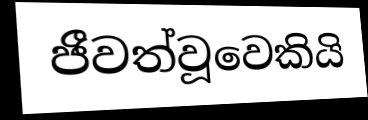
ජීවත්වූවෙකියි